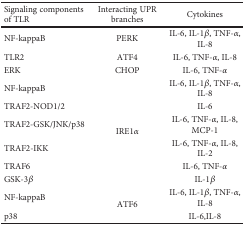
<table><thead><tr><td><b>Signaling components of TLR</b></td><td><b>Interacting UPR branches</b></td><td><b>Cytokines</b></td></tr></thead><tbody><tr><td>NF-kappaB</td><td>PERK</td><td>IL-6, IL-1<i>β</i>, TNF-<i>α</i>, IL-8</td></tr><tr><td>TLR2</td><td>ATF4</td><td>IL-6, TNF-<i>α</i>, IL-8</td></tr><tr><td>ERK</td><td>CHOP</td><td>IL-6, TNF-<i>α</i></td></tr><tr><td>NF-kappaB</td><td rowspan="6">IRE1<i>α</i></td><td>IL-6, IL-1<i>β</i>, TNF-<i>α</i>, IL-8</td></tr><tr><td>TRAF2-NOD1/2</td><td>IL-6</td></tr><tr><td>TRAF2-GSK/JNK/p38</td><td>IL-6, TNF-<i>α</i>, IL-8, MCP-1</td></tr><tr><td>TRAF2-IKK</td><td>IL-6, TNF-<i>α</i>, IL-8, IL-2</td></tr><tr><td>TRAF6</td><td>IL-6, TNF-<i>α</i></td></tr><tr><td>GSK-3<i>β</i></td><td>IL-1<i>β</i></td></tr><tr><td>NF-kappaB</td><td rowspan="2">ATF6</td><td>IL-6, IL-1<i>β</i>, TNF-<i>α</i>, IL-8</td></tr><tr><td>p38</td><td>IL-6,IL-8</td></tr></tbody></table>